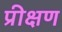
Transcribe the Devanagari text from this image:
प्रीक्षण